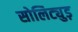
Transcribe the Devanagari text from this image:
सोलिट्युड़